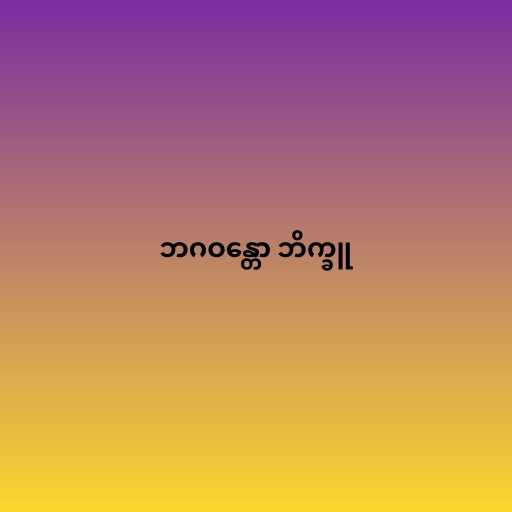
ဘဂဝန္တော ဘိက္ခူ